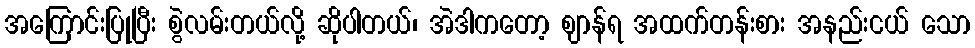
အကြောင်းပြုပြီး စွဲလမ်းတယ်လို့ ဆိုပါတယ်၊ အဲဒါကတော့ ဈာန်ရ အထက်တန်းစား အနည်းငယ် သော